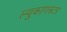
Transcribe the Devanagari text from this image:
ल्युकागस्टर